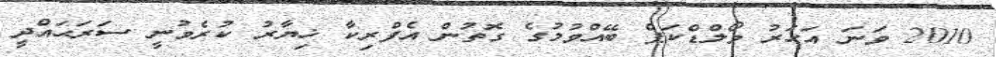
2010 ވަނަ އަހަރު ވޯލްޑްކަޕް ބޭއްވުމުގެ ގޮތުން އެފްރިކާ ޚިޔާރު ކުރެވުނީ ސަރަޙައްދީ